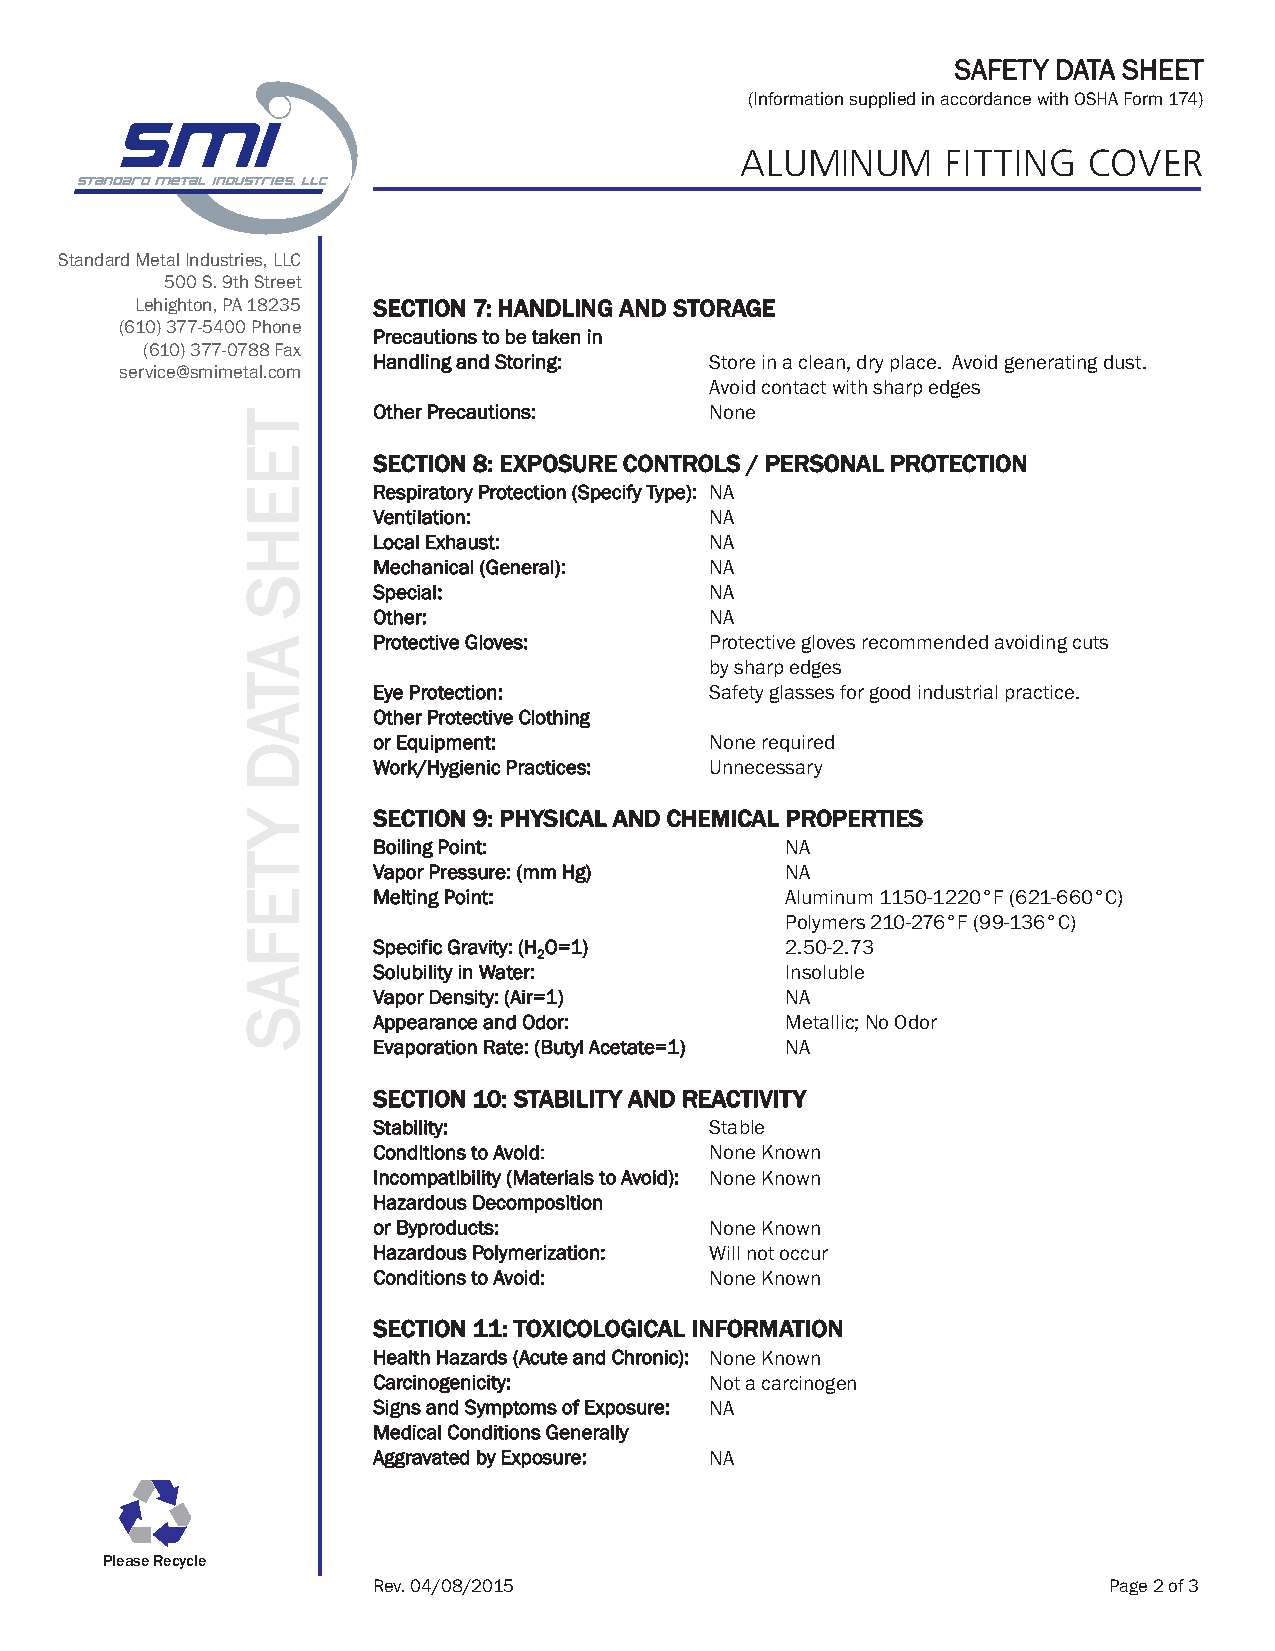
SAFETY DATA SHEET
 (Information supplied in accordance with OSHAForm 174)
 ALUMINUM      FITTING  COVER
 Standard Metal Industries, LLC
 500 S. 9th Street
 Lehighton, PA 18235 SECTION 7: HANDLING AND STORAGE
 (610) 377-5400 Phone
 Precautions to be taken in
 (610) 377-0788 Fax
 Handling and Storing: Store in a clean, dry place. Avoid generating dust.
 service@smimetal.com
 Avoid contact with sharp edges
 Other Precautions:    None
 SECTION 8: EXPOSURE CONTROLS / PERSONAL PROTECTION
 Respiratory Protection (Specify Type): NA
 Ventilation:          NA
 Local Exhaust:        NA
 Mechanical (General): NA
 Special:              NA
 Other:                NA
 Protective Gloves:    Protective gloves recommended avoiding cuts
 by sharp edges
 Eye Protection:       Safety glasses for good industrial practice.
 Other Protective Clothing
 or Equipment:         None required
 Work/Hygienic Practices: Unnecessary
 SECTION 9: PHYSICAL AND CHEMICAL PROPERTIES
 Boiling Point:             NA
 Vapor Pressure: (mm Hg)    NA
 Melting Point:             Aluminum 1150-1220°F (621-660°C)
 Polymers 210-276°F (99-136°C)
 Specific Gravity: (H O=1)  2.50-2.73
 2
 Solubility in Water:       Insoluble
 Vapor Density: (Air=1)     NA
 Appearance and Odor:       Metallic; No Odor
 Evaporation Rate: (Butyl Acetate=1) NA
 SECTION 10: STABILITY AND REACTIVITY
 Stability:            Stable
 Conditions to Avoid:  None Known
 Incompatibility (Materials to Avoid): None Known
 Hazardous Decomposition
 or Byproducts:        None Known
 Hazardous Polymerization: Will not occur
 Conditions to Avoid:  None Known
 SECTION 11: TOXICOLOGICAL INFORMATION
 Health Hazards (Acute and Chronic): None Known
 Carcinogenicity:      Not a carcinogen
 Signs and Symptoms of Exposure: NA
 Medical Conditions Generally
 Aggravated by Exposure: NA
 Please Recycle
 Rev. 04/08/2015                                 Page 2 of 3
 TEEHS
 ATAD
 YTEFAS